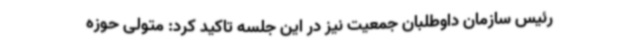
رئیس سازمان داوطلبان جمعیت نیز در این جلسه تاکید کرد: متولی حوزه